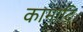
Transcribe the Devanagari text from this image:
कामादि